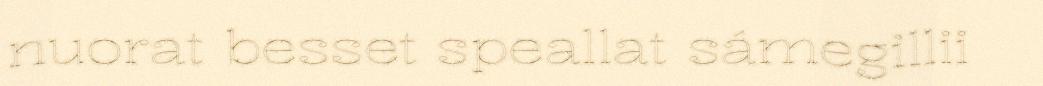
nuorat besset speallat sámegillii